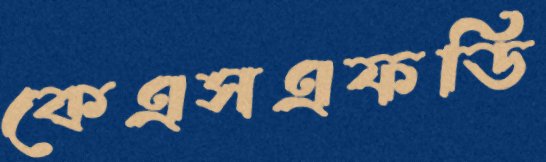
কেএসএফডি